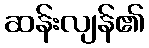
ဆန်းလျန်၏